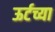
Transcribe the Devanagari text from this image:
ऊर्टच्या